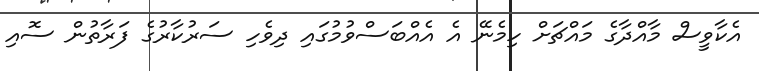
އެކާވީސް މާއްދާގެ މައްޗަށް ހިމެނޭ އެ އެއްބަސްވުމުގައި ދިވެހި ސަރުކާރުގެ ފަރާތުން ސޮއި